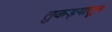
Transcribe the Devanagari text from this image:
तुकड्यातून